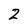
Character: 2